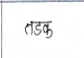
मजकूर: तडक